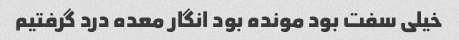
خیلی سفت بود مونده بود انگار معده درد گرفتیم